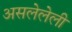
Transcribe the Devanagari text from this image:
असलेलेली